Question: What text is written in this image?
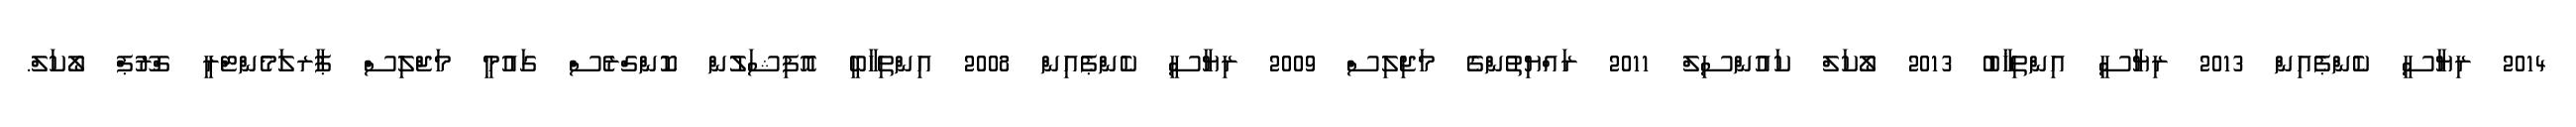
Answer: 2014 ރިޔާސީ ކެންޕެއިން 2013 ރިޔާސީ އިންތިޚާބު 2013 ލޯކަލް ކައުންސިލް 2011 ރައްޔިތުންގެ މަޖިލިސް 2009 ރިޔާސީ ކެންޕެއިން 2008 އިންތިހާބީ އޮފިޝަލުން ކޮންގްރެސް ގައުމީ މަޖްލިސް ޕާރލަމެންޓްރީ ގްރޫޕް ލޯކަލް.